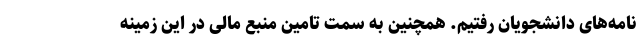
نامه‌های دانشجویان رفتیم. همچنین به سمت تامین منبع مالی در این زمینه